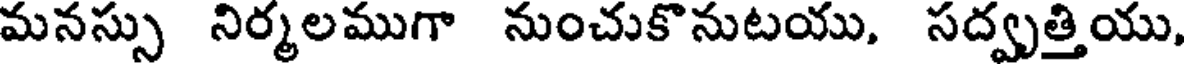
మనస్సు నిర్మలముగా నుంచుకొనుటయు, సద్వృత్తియు,